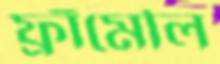
ফ্রাঁমৌল